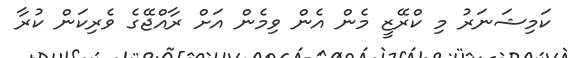
ކަމިޝަނަރު މި ކްރޭޒީ މެން އެން ވިމެން އަށް ރާއްޖޭގެ ވެރިކަން ކުރާ